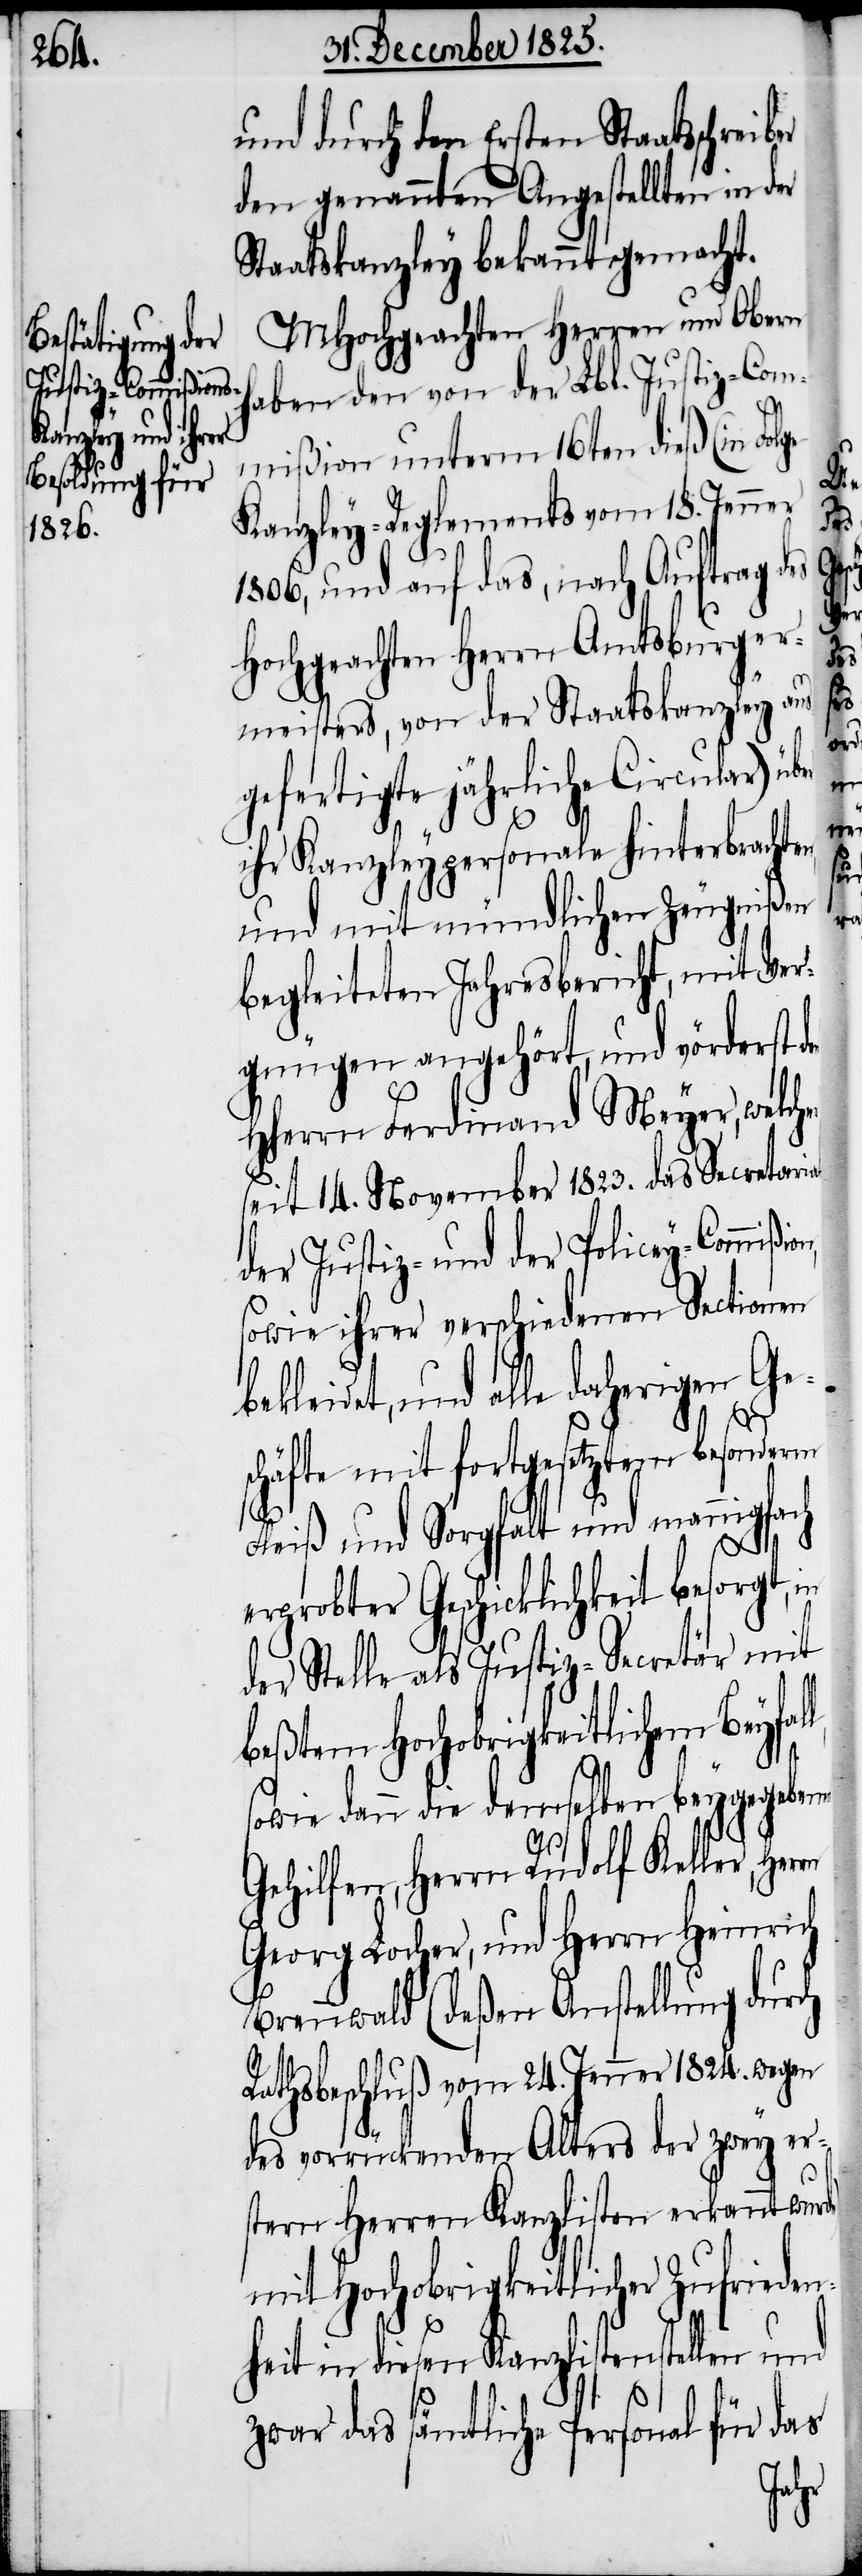
und durch den Ersten Staatsschre¬
den genannten Angestellten in der
Staatskanzley bekannt gemacht.
MHochgeachten Herren und Obern
haben den von der Lbl. Justiz-Com¬
mißion unterm 16ten dieß (in Fol¬
Kanzley-Reglements vom 18. Jenner
1806, und auf das, nach Auftrag
Hochgeachten Herrn Amtsburger¬
meisters, von der Staatskanzley aus¬
gefertigte jährliche Circular) üb¬
ihr Kanzleypersonale hinterbrachten
und mit mündlichen Zeugnißen
begleiteten Jahresbericht, mit Ver¬
gnügen angehört, und vörderst
HHerrn Ferdinand Meyer, welch¬
seit 14. November 1823. das Secretariat
der Justiz- und der Policey-Commißio¬
sowie ihrer verschiedenen Sectionen
ekleidet, und alle daherigen Ge¬
rde)
schäfte mit fortgesetztem besonderm
Fleiß und Sorgfalt und mannigfach
erprobter Geschicklichkeit besorgt,
er Stelle als Justiz-Secretär mit
beßtem Hochobrigkeitlichem Beyfal¬
sowie dann die demselben beygegebene
Gehilfen, Herrn Rudolf Keller, Her¬
Georg Locher, und Herrn Heinrich
Brennwald (deßen Anstellung durch
Rathsbeschluß vom 24. Jenner 1824. wegen
des vorrückenden Alters der zwey er¬
stern Herren Kanzlisten erkannt wu¬
mit Hochobrigkeitlicher Zufriede¬
nheit in diesen Kanzlistenstellen und
zwar das sämtliche Personal für das

den
des
rn
in
b¬